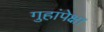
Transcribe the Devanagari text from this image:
गुहांपेक्षा